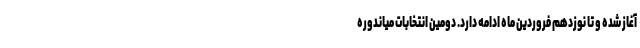
آغاز شده و تا نوزدهم فروردین ماه ادامه دارد. دومین انتخابات میاندوره